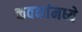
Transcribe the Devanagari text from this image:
कवकांमध्ये